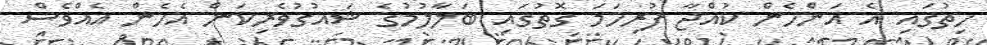
ހިތުގައި އެ އަންހެން ކުއްޖާ ފުރިހަމަ ގޮތުގައި ބަލާލުމުގެ ޝައުގުވެރިކަން އެހެން އެއްވެސް